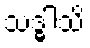
သဒ္ဓါသိ